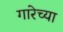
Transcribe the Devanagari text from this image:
गारेच्या